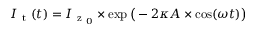
I _ { \mathrm { ~ t ~ } } ( t ) = I _ { \mathrm { ~ z ~ } _ { 0 } } \times \exp \big ( - 2 \kappa A \times \cos ( \omega t ) \big )